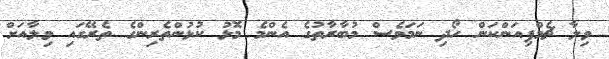
ވިލާ ޗެމްޕިއަންކަން ހޯދި ނަމަވެސް މުބާރާތުގެ އެންމެ މޮޅު ކުޅުންތެރިންގެ ތެރޭގައި ވިލާއަށް